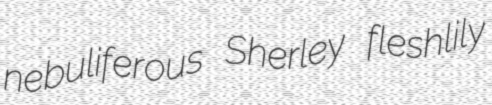
nebuliferous Sherley fleshlily